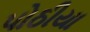
પોઠીયા